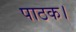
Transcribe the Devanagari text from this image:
पाठक।